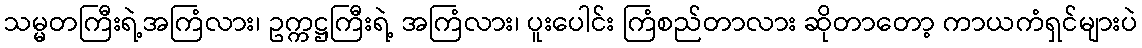
သမ္မတကြီးရဲ့အကြံလား၊ ဥက္ကဋ္ဌကြီးရဲ့ အကြံလား၊ ပူးပေါင်း ကြံစည်တာလား ဆိုတာတော့ ကာယကံရှင်များပဲ